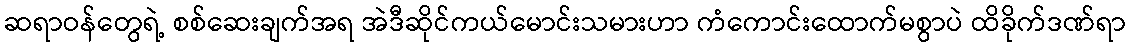
ဆရာဝန်တွေရဲ့ စစ်ဆေးချက်အရ အဲဒီဆိုင်ကယ်မောင်းသမားဟာ ကံကောင်းထောက်မစွာပဲ ထိခိုက်ဒဏ်ရာ